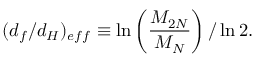
( d _ { f } / d _ { H } ) _ { e f f } \equiv \ln \left( { \frac { { \cal { M } } _ { 2 N } } { { \cal { M } } _ { N } } } \right) / \ln 2 .